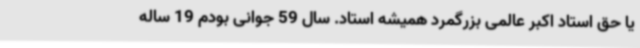
یا حق استاد اکبر عالمی بزرگمرد همیشه استاد. سال 59 جوانی بودم 19 ساله